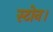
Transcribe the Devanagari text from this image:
स्टोन।